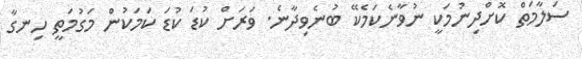
ސަލާމަތް ކޮށްދިނުމަކީ ނުވާނެކަމެކޭ ބުނެވިދާނެ. ވަރަށް ކުޑަ ކުޑަ ކަމަކުން މަގުމަތީ ހިނގާ